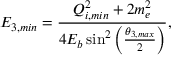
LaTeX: E _ { 3 , { m i n } } = \frac { Q _ { i , { m i n } } ^ { 2 } + 2 m _ { e } ^ { 2 } } { 4 E _ { b } \sin ^ { 2 } \left( \frac { \theta _ { 3 , { m a x } } } { 2 } \right) } ,